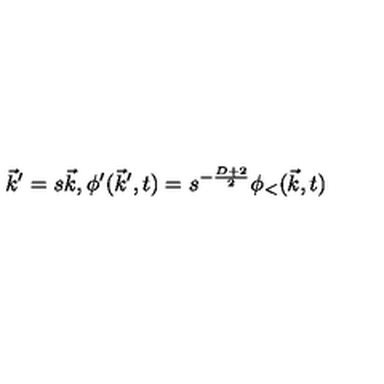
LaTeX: \vec { k } ^ { \prime } = s \vec { k } , \phi ^ { \prime } ( \vec { k } ^ { \prime } , t ) = s ^ { - \frac { D + 2 } { 2 } } \phi _ { < } ( \vec { k } , t )